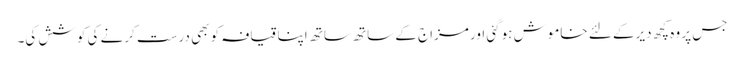
جس پر وہ کچھ دیرکے لئے خاموش ہوگئی اور مزاج کے ساتھ ساتھ اپنا قیافہ کو بھی درست کرنے کی کوشش کی۔